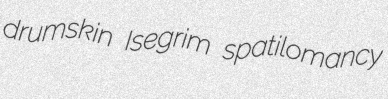
drumskin Isegrim spatilomancy